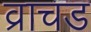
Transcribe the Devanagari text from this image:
व्राचड